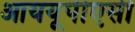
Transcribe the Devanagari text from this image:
आययूपीएसी